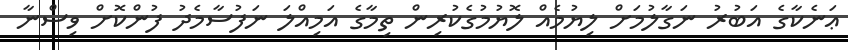
ޢަނެކާގެ އަބުރު ނަގާލުމަށް ލިޔުމެއް ލޮޔުމުގެކުރިން ތިމާގެ އަމިއްލަ ނަފުސާމެދު ފުންކޮށް ވިސްނާ